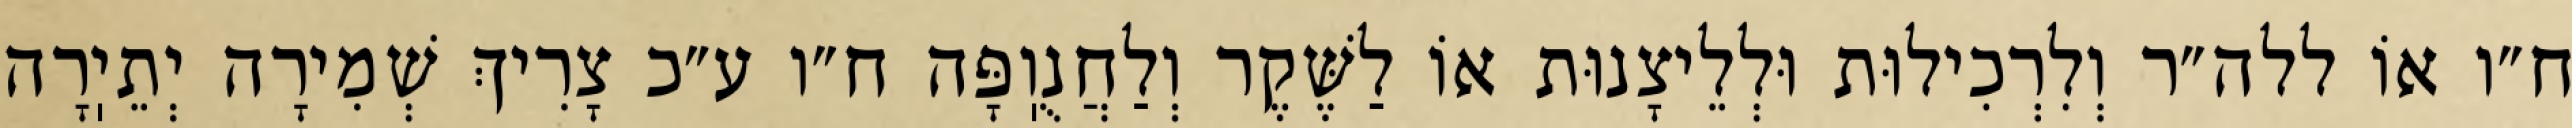
ח״ו אוֹ ללה״ר וְלִרְכִילוּת וּלְלֵיצָנוּת אוֹ לַשֶּׁקֶר וְלַחֲנֻוֽפָּה ח״ו ע״כ צָרִיךְ שְׁמִירָה יְתֵיֽרָה